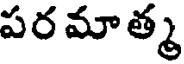
పరమాత్మ